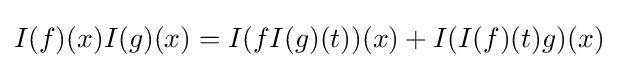
I(f)(x)I(g)(x)=I(fI(g)(t))(x)+I(I(f)(t)g)(x)\;